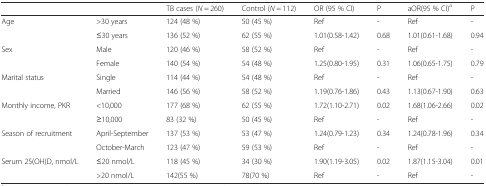
<table><thead><tr><td></td><td></td><td><b>TB cases (<i>N</i> = 260)</b></td><td><b>Control (<i>N</i> = 112)</b></td><td><b>OR (95 % CI)</b></td><td><b>P</b></td><td><b>aOR(95 % CI)<sup>a</sup></b></td><td><b>P</b></td></tr></thead><tbody><tr><td rowspan="2">Age</td><td>&gt;30 years</td><td>124 (48 %)</td><td>50 (45 %)</td><td>Ref</td><td>-</td><td>Ref</td><td>-</td></tr><tr><td>≤30 years</td><td>136 (52 %)</td><td>62 (55 %)</td><td>1.01(0.58-1.42)</td><td>0.68</td><td>1.01(0.61-1.68)</td><td>0.94</td></tr><tr><td rowspan="2">Sex</td><td>Male</td><td>120 (46 %)</td><td>58 (52 %)</td><td>Ref</td><td>-</td><td>Ref</td><td>-</td></tr><tr><td>Female</td><td>140 (54 %)</td><td>54 (48 %)</td><td>1.25(0.80-1.95)</td><td>0.31</td><td>1.06(0.65-1.75)</td><td>0.79</td></tr><tr><td rowspan="2">Marital status</td><td>Single</td><td>114 (44 %)</td><td>54 (48 %)</td><td>Ref</td><td>-</td><td>Ref</td><td>-</td></tr><tr><td>Married</td><td>146 (56 %)</td><td>58 (52 %)</td><td>1.19(0.76-1.86)</td><td>0.43</td><td>1.13(0.67-1.90)</td><td>0.63</td></tr><tr><td rowspan="2">Monthly income, PKR</td><td>&lt;10,000</td><td>177 (68 %)</td><td>62 (55 %)</td><td>1.72(1.10-2.71)</td><td>0.02</td><td>1.68(1.06-2.66)</td><td>0.02</td></tr><tr><td>≥10,000</td><td>83 (32 %)</td><td>50 (45 %)</td><td>Ref</td><td>-</td><td>Ref</td><td>-</td></tr><tr><td rowspan="2">Season of recruitment</td><td>April-September</td><td>137 (53 %)</td><td>53 (47 %)</td><td>1.24(0.79-1.23)</td><td>0.34</td><td>1.24(0.78-1.96)</td><td>0.34</td></tr><tr><td>October-March</td><td>123 (47 %)</td><td>59 (53 %)</td><td>Ref</td><td>-</td><td>Ref</td><td>-</td></tr><tr><td rowspan="2">Serum 25(OH)D, nmol/L</td><td>≤20 nmol/L</td><td>118 (45 %)</td><td>34 (30 %)</td><td>1.90(1.19-3.05)</td><td>0.02</td><td>1.87(1.15-3.04)</td><td>0.01</td></tr><tr><td>&gt;20 nmol/L</td><td>142(55 %)</td><td>78(70 %)</td><td>Ref</td><td>-</td><td>Ref</td><td>-</td></tr></tbody></table>